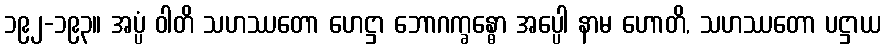
၁၉၂-၁၉၃။ အပ္ပံ ဝါတိ သဟဿတော ဟေဋ္ဌာ ဘောဂက္ခန္ဓော အပ္ပေါ နာမ ဟောတိ, သဟဿတော ပဋ္ဌာယ